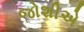
જોશીએ